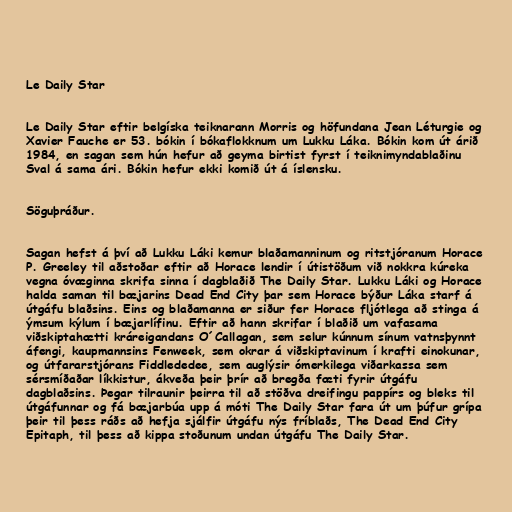
Le Daily Star

Le Daily Star eftir belgíska teiknarann Morris og höfundana Jean Léturgie og
Xavier Fauche er 53. bókin í bókaflokknum um Lukku Láka. Bókin kom út árið
1984, en sagan sem hún hefur að geyma birtist fyrst í teiknimyndablaðinu
Sval á sama ári. Bókin hefur ekki komið út á íslensku.

Söguþráður.

Sagan hefst á því að Lukku Láki kemur blaðamanninum og ritstjóranum Horace
P. Greeley til aðstoðar eftir að Horace lendir í útistöðum við nokkra kúreka
vegna óvæginna skrifa sinna í dagblaðið The Daily Star. Lukku Láki og Horace
halda saman til bæjarins Dead End City þar sem Horace býður Láka starf á
útgáfu blaðsins. Eins og blaðamanna er siður fer Horace fljótlega að stinga á
ýmsum kýlum í bæjarlífinu. Eftir að hann skrifar í blaðið um vafasama
viðskiptahætti kráreigandans O´Callagan, sem selur kúnnum sínum vatnsþynnt
áfengi, kaupmannsins Fenweek, sem okrar á viðskiptavinum í krafti einokunar,
og útfararstjórans Fiddlededee, sem auglýsir ómerkilega viðarkassa sem
sérsmíðaðar líkkistur, ákveða þeir þrír að bregða fæti fyrir útgáfu
dagblaðsins. Þegar tilraunir þeirra til að stöðva dreifingu pappírs og bleks til
útgáfunnar og fá bæjarbúa upp á móti The Daily Star fara út um þúfur grípa
þeir til þess ráðs að hefja sjálfir útgáfu nýs fríblaðs, The Dead End City
Epitaph, til þess að kippa stoðunum undan útgáfu The Daily Star.